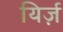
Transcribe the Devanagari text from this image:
यिर्ज़